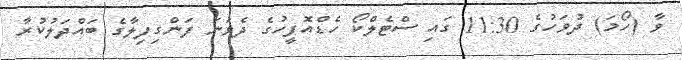
ވާ (ހޯމަ) ދުވަހުގެ 11:30 ގައި ސްޓެލްކޯ ހެޑްއޮފީހުގެ ދެވަނަ ފަންގިފިލާގެ ބައްދަލުކުރާ